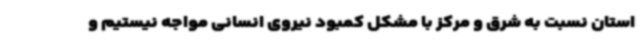
استان نسبت به شرق و مرکز با مشکل کمبود نیروی انسانی مواجه نیستیم و